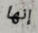
إنها